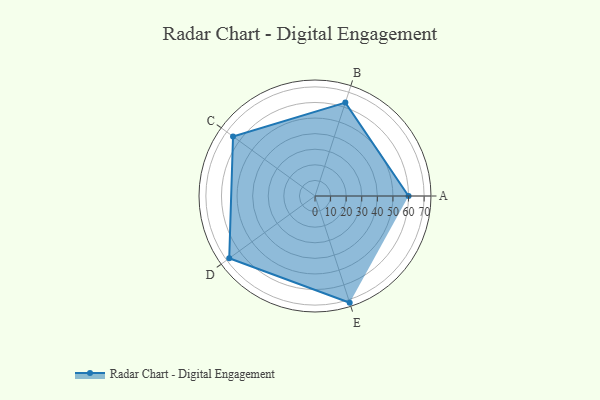
{"axis": {"x": "Skill", "y": "Score"}, "legend": ["Profile"], "data": [{"x": "A", "y": 60.0, "type": "Profile"}, {"x": "B", "y": 63.0, "type": "Profile"}, {"x": "C", "y": 65.0, "type": "Profile"}, {"x": "D", "y": 68.0, "type": "Profile"}, {"x": "E", "y": 72.0, "type": "Profile"}]}